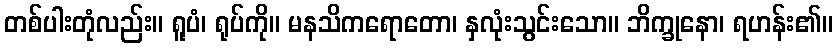
တစ်ပါးတုံလည်း။ ရူပံ၊ ရုပ်ကို။ မနသိကရောတော၊ နှလုံးသွင်းသော။ ဘိက္ခုနော၊ ရဟန်း၏။